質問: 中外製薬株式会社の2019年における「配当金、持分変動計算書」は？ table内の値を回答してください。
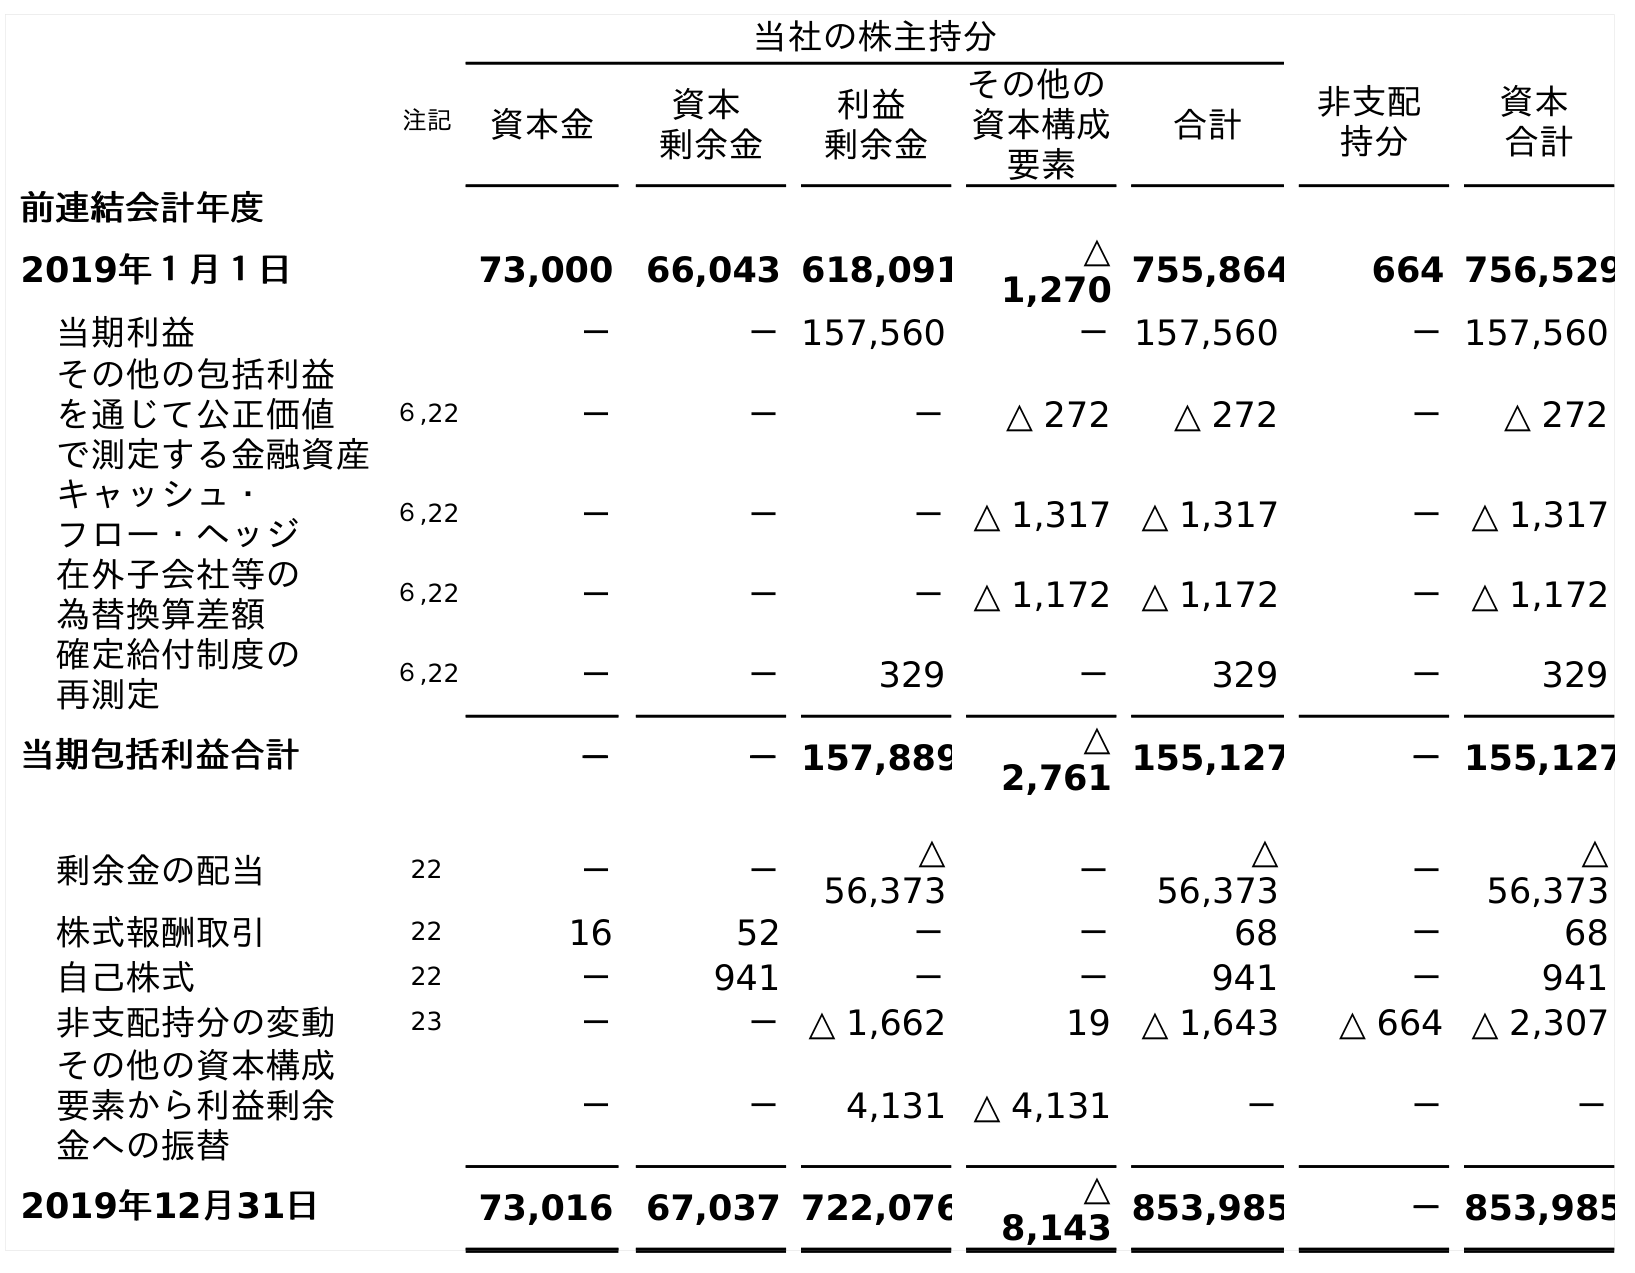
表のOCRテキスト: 当社の株主持分 注記 資本金 資本 剰余金 利益 剰余金 その他の 資本構成 要素 合計 非支配 持分 資本 合計 前連結会計年度 2019年１月１日 73,000 66,043 618,091 △ 1,270 755,864 664 756,529 当期利益 － －157,560 －157,560 －157,560 その他の包括利益 を通じて公正価値 で測定する金融資産 ６,22 － － － △ 272 △ 272 － △ 272 キャッシュ・ フロー・ヘッジ ６,22 － － －△ 1,317 △ 1,317 －△ 1,317 在外子会社等の 為替換算差額 ６,22 － － －△ 1,172 △ 1,172 －△ 1,172 確定給付制度の 再測定 ６,22 － － 329 － 329 － 329 当期包括利益合計 － －157,889 △ 2,761 155,127 －155,127 剰余金の配当 22 － － △ 56,373 － △ 56,373 － △ 56,373 株式報酬取引 22 16 52 － － 68 － 68 自己株式 22 － 941 － － 941 － 941 非支配持分の変動 23 － －△ 1,662 19 △ 1,643 △ 664 △ 2,307 その他の資本構成 要素から利益剰余 金への振替 － － 4,131 △ 4,131 － － － 2019年12月31日 73,016 67,037 722,076 △ 8,143 853,985 －853,985
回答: △56,373